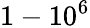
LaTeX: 1-10^{6}